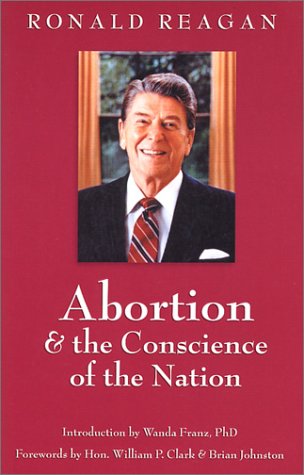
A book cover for Abortion and the Conscience of the Nation (New edition/issue); Ronald Reagan; Politics & Social Sciences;